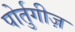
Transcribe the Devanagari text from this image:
पोर्तुगीज़